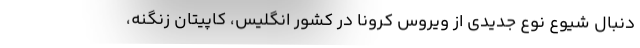
دنبال شیوع نوع جدیدی از ویروس کرونا در کشور انگلیس، کاپیتان زنگنه،